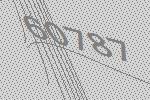
60787